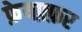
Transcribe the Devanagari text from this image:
फ़ेयफ़्फ़र